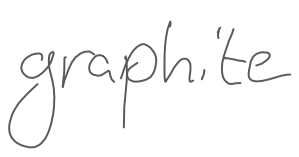
Text: graphite
Cross-out: clean
Writing tool: digital_gray